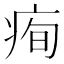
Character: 𤶇